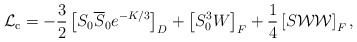
\begin{align*}{\cal L}_{\rm c} = -{3\over2}\left[S_0\overline S_0 e^{-{K/ 3}}\right]_D+ \left[S_0^3W\right]_F+{1\over4}\left[S{\cal WW}\right]_F,\end{align*}